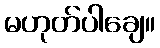
မဟုတ်ပါချေ။